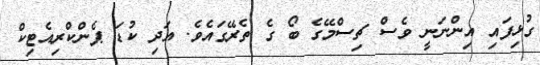
ގުޅިފައި އިންނަނީ ވެސް ޗިސްމޭގެ ބޯ ގެ ތެރޭގައެވެ. އަދި ކުޑަ ޕެންކްރިއެޓިކް